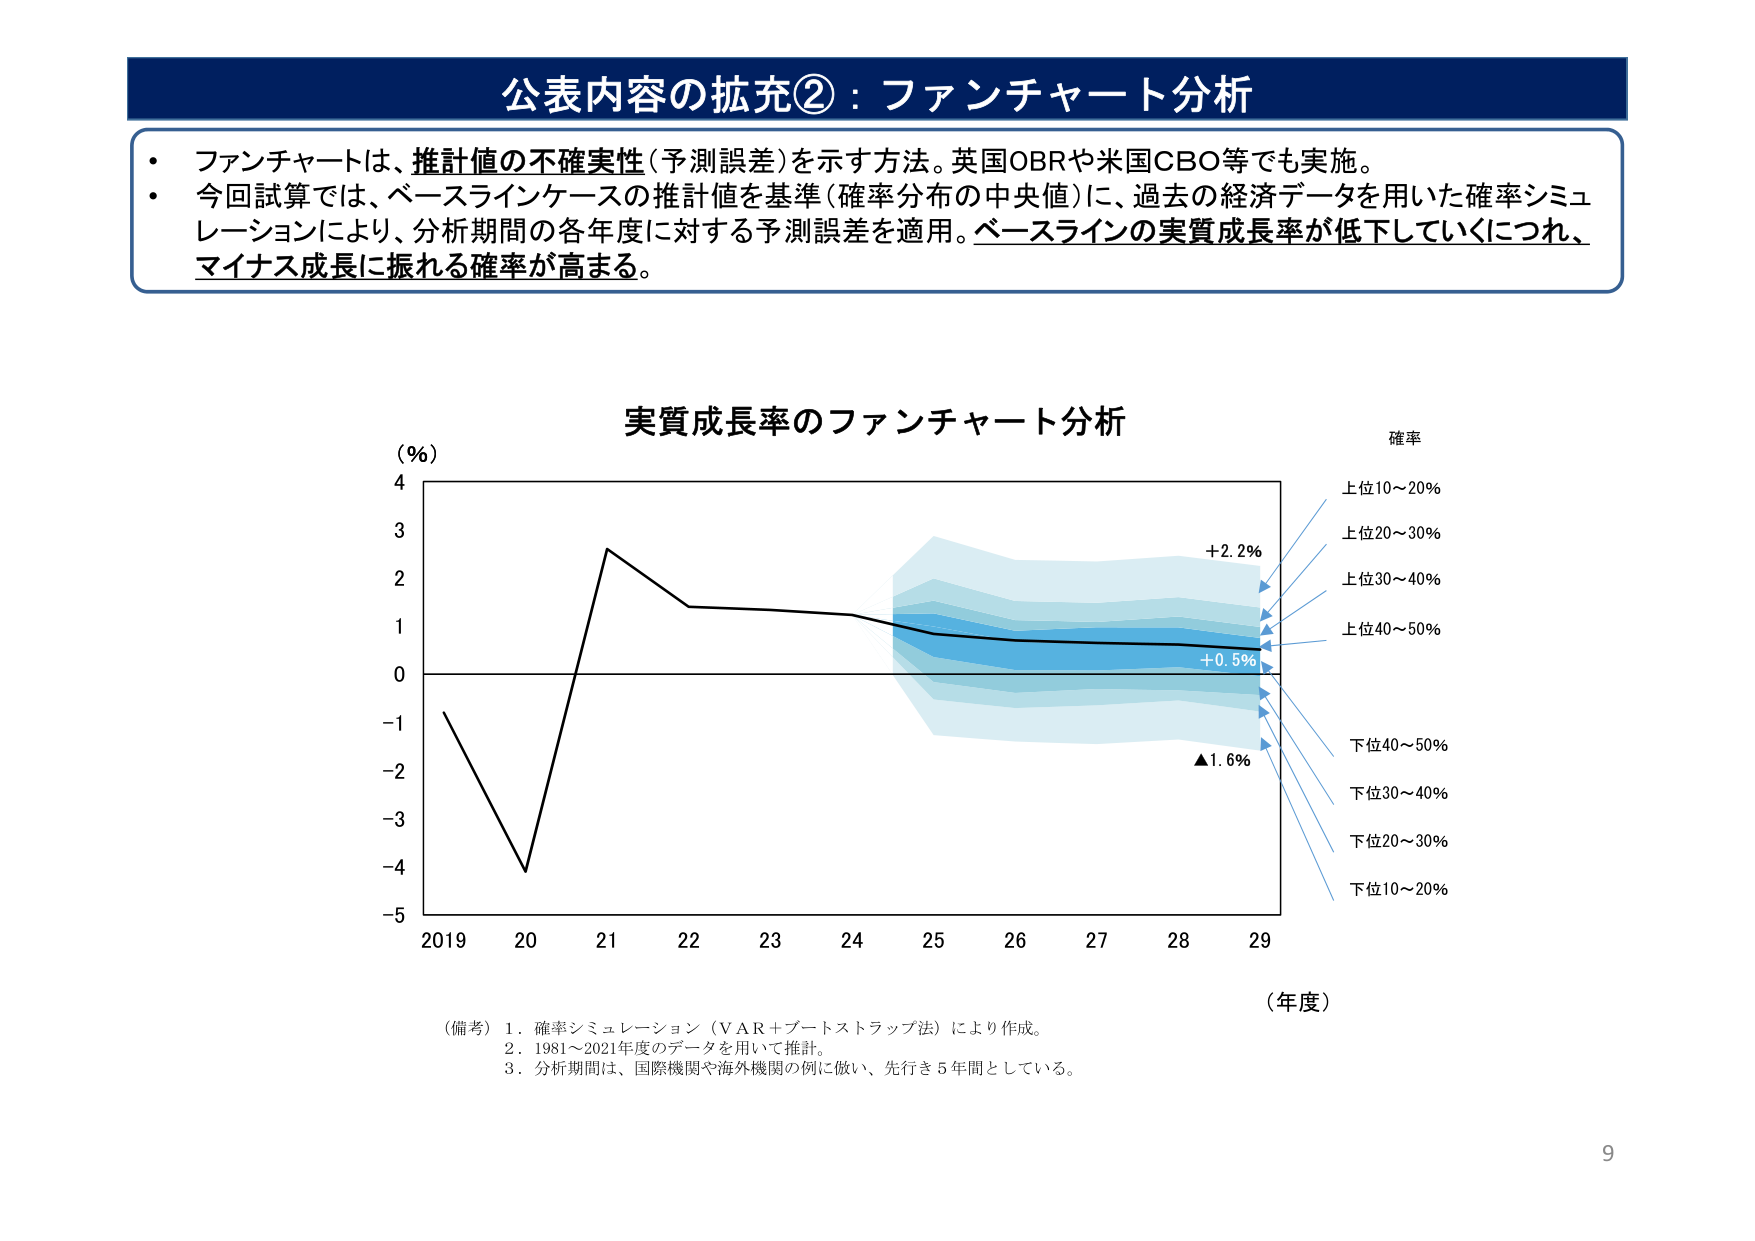
公表内容の拡充②：ファンチャート分析

・ファンチャートは、推計値の不確実性（予測誤差）を示す方法。英国OBRや米国CBO等でも実施。
・今回試算では、ベースラインケースの推計値を基準（確率分布の中央値）に、過去の経済データを用いた確率シミュレーションにより、分析期間の各年度に対する予測誤差を適用。ベースラインの実質成長率が低下していくにつれ、マイナス成長に振れる確率が高まる。

実質成長率のファンチャート分析

（％）
4
3
2
1
0
-1
-2
-3
-4
-5

2019 20 21 22 23 24 25 26 27 28 29

（年度）

確率
上位10～20％
上位20～30％
上位30～40％
上位40～50％
下位40～50％
下位30～40％
下位20～30％
下位10～20％

+2.2％
+0.5％
▲1.6％

（備考）1．確率シミュレーション（VAR＋ブートストラップ法）により作成。
2．1981～2021年度のデータを用いて推計。
3．分析期間は、国際機関や海外機関の例に倣い、先行き5年間としている。

9